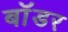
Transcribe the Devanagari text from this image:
बाॅडर